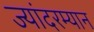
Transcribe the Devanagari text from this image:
ज्यांदरम्यान